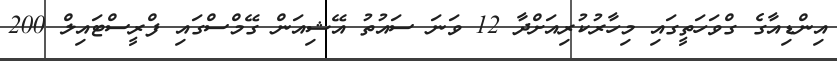
އިންޑިއާގެ ގްވަހަތީގައި މިހާރުކުރިއަށްދާ 12 ވަނަ ސައުތު އޭޝިއަން ގޭމްސްގައި ފްރީސްޓައިލް 200